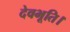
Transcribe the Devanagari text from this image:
देवभूति।